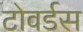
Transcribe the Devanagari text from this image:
टोवर्डस